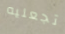
تجعليه